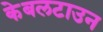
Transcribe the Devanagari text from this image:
केबलटाउन